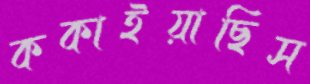
ককাইয়াছিস